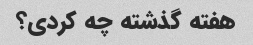
هفته گذشته چه کردی؟